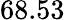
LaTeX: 68.53